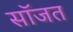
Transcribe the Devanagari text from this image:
सॉजत